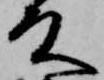
殿